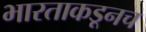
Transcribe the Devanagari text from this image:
भारताकडूनच